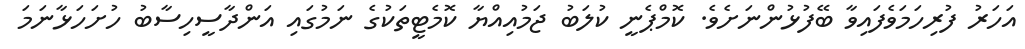
އަހަރު ފުރިހަމަވެފައިވާ ބޭފުޅުންނަށެވެ. ކޮމްޕެނީ ކުލަބު ޖަމުއިއްޔާ ކޮމެޓީތަކުގެ ނަމުގައި އަންދާސީހިސާބު ހުށަހަޅާނަމަ